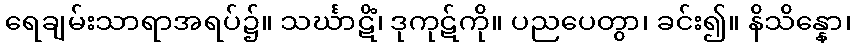
ရေချမ်းသာရာအရပ်၌။ သင်္ဃာဋိံ၊ ဒုကုဋ်ကို။ ပညပေတွာ၊ ခင်း၍။ နိသိန္နော၊